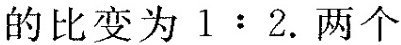
的比变为$$1:2$$.两个